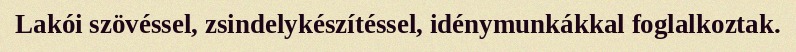
Lakói szövéssel, zsindelykészítéssel, idénymunkákkal foglalkoztak.